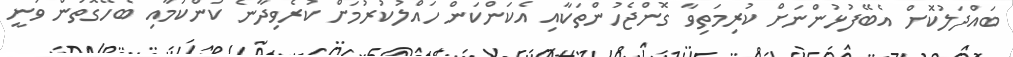
ބައްދަލުކޮށް އެބޭފުޅުންނަށް ކުރިމަތިވާ ގޮންޖެހުންތަކާއި އެކަންކަން ހައްލުކުރުމަށް ކުރެވިދާނެ ކަންކަމާއި ބެހޭގޮތުން ވަނީ